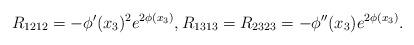
LaTeX: \begin{align*}R_{1212}=-\phi'(x_3)^2e^{2\phi(x_3)}, R_{1313}=R_{2323}=-\phi''(x_3)e^{2\phi(x_3)}.\end{align*}